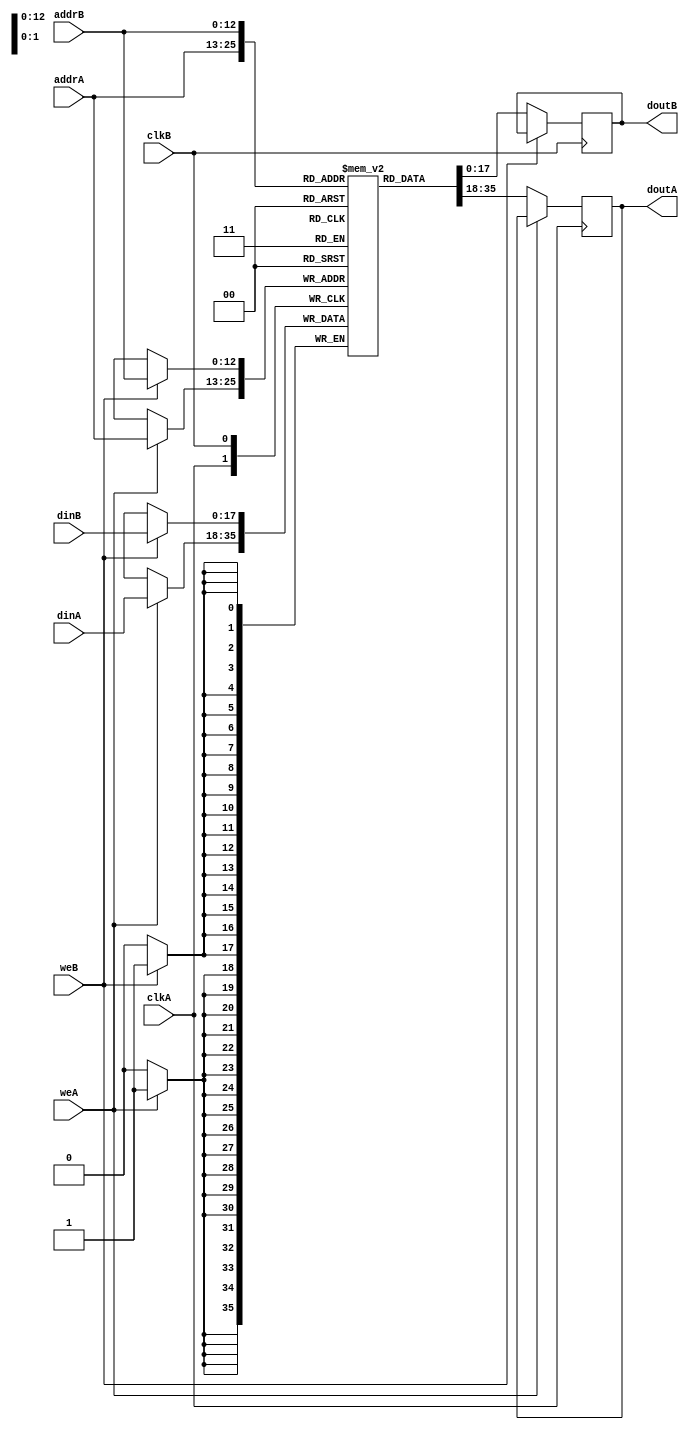
module ram_true_dp_dc_8192x18 (clkA, clkB, weA, weB, addrA, addrB, dinA, dinB, doutA, doutB);
    input clkA, clkB, weA, weB;
    input [12:0] addrA, addrB;
    input [17:0] dinA, dinB;
    output reg [17:0] doutA, doutB;
    
    reg [17:0] ram [8191:0];
    always @(posedge clkA)
    begin
        if (weA)
            ram[addrA] <= dinA;
        else
            doutA <= ram[addrA];
    end
    always @(posedge clkB)
    begin
        if (weB)
            ram[addrB] <= dinB;
        else
            doutB <= ram[addrB];
    end

endmodule